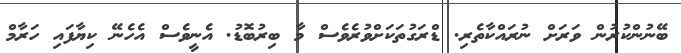
ބޭނުންކުރުން ވަރަށް ނުރައްކާތެރި. ޑްރަގުތަކަށްވުރެވެސް މާ ބިރުބޮޑު. އެނީވެސް އެހެނޭ ކިޔާފައި ހަރާމް